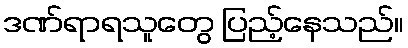
ဒဏ်ရာရသူတွေ ပြည့်နေသည်။